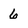
Character: 6